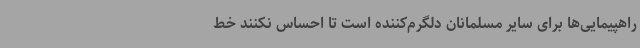
راهپیمایی‌ها برای سایر مسلمانان دلگرم‌کننده است تا احساس نکنند خط